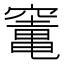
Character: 竃